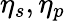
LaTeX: \eta_{s},\eta_{p}